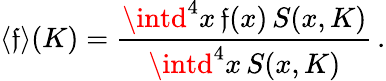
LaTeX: \langle\mathfrak{f}\rangle(K)=\frac{{\intd^{4}x\, \mathfrak{f}(x)\, S(x,K)}}{{\intd^{4}x\, S(x,K)}}\, .